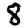
Digit: 8